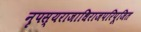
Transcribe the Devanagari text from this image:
नृपस्यराजाधिराजपरिपूजित